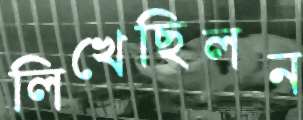
লিখেছিলন